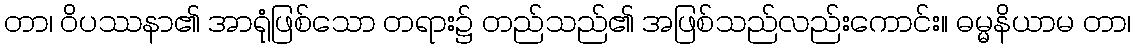
တာ၊ ဝိပဿနာ၏ အာရုံဖြစ်သော တရား၌ တည်သည်၏ အဖြစ်သည်လည်းကောင်း။ ဓမ္မနိယာမ တာ၊